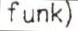
funk)